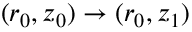
( r _ { 0 } , z _ { 0 } ) \rightarrow ( r _ { 0 } , z _ { 1 } )